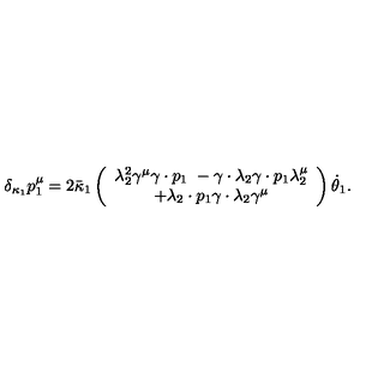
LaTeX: \delta _ { \kappa _ { 1 } } p _ { 1 } ^ { \mu } = 2 \bar { \kappa } _ { 1 } \left( \begin{array} { c } { \lambda _ { 2 } ^ { 2 } \gamma ^ { \mu } \gamma \cdot p _ { 1 } \ - \gamma \cdot \lambda _ { 2 } \gamma \cdot p _ { 1 } \lambda _ { 2 } ^ { \mu } } \\ { + \lambda _ { 2 } \cdot p _ { 1 } \gamma \cdot \lambda _ { 2 } \gamma ^ { \mu } } \\ \end{array} \right) \dot { \theta } _ { 1 } .